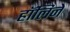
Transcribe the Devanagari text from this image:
हॉलिने